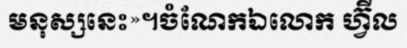
មនុស្សនេះ»។ចំណែកឯលោក ហ្វ៊ីល